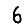
Digit: 6